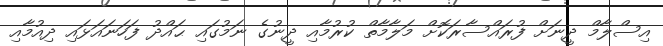
އިސްލާމް ދީނަށް ފުރައްސާރަކޮށް މަލާމާތް ކުރުމާއި ދީނުގެ ނަމުގައި ޙައްދު ފަހަނައަޅައި ދިއުމާއި